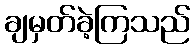
ချမှတ်ခဲ့ကြသည်